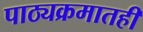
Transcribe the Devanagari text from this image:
पाठ्यक्रमातही